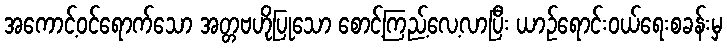
အကောင့်ဝင်ရောက်သော အတ္တဗဟိုပြုသော စောင့်ကြည့်လေ့လာပြီး ယာဉ်ရောင်းဝယ်ရေးစခန်းမှ